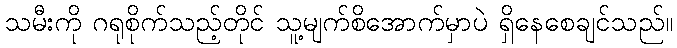
သမီးကို ဂရုစိုက်သည့်တိုင် သူ့မျက်စိအောက်မှာပဲ ရှိနေစေချင်သည်။